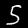
Digit: 5